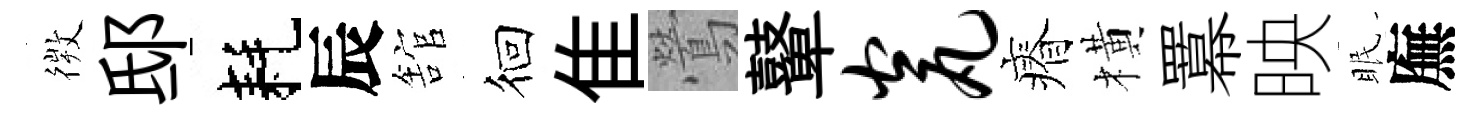
𢕄邸耗辰舘徊隹鶯鼙瓮瘠橫羃映眠廡